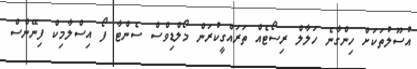
އުސޫލުތަކަށް ހިންގާނެ ހަލާލް ރިސޯޓެއް ތަރައްގީކުރަން މޯލްޑިވްސް ސެންޓާ ފޯ އިސްލާމިކް ފިނޭންސް